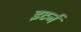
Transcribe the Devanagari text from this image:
इटर्न